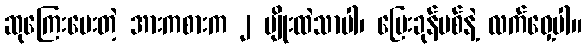
ဆုကြေးပေးတဲ့ အားကစားက ၂ မျိုးထဲသာပါ၊ ပြေးခုန်ပစ်နဲ့ လက်ဝှေ့ပါ။